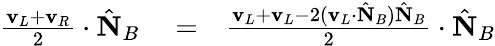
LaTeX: \begin{array}{rlr}{\frac{{\mathbf v}_{L}+{\mathbf v}_{R}}{2}\cdot\hat{\mathbf N}_{B}}&{{}=}&{\frac{{\mathbf v}_{L}+{\mathbf v}_{L}-2({\mathbf v}_{L}\cdot\hat{\mathbf N}_{B})\hat{\mathbf N}_{B}}{2}\cdot\hat{\mathbf N}_{B}}\end{array}